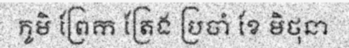
ភូមិ ព្រែក ត្រែង ប្រចាំ ខែ មិថុនា